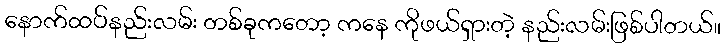
နောက်ထပ်နည်းလမ်း တစ်ခုကတော့ ကနေ ကိုဖယ်ရှားတဲ့ နည်းလမ်းဖြစ်ပါတယ်။